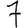
Digit: 7